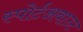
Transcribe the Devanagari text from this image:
स्पोर्टअबाउट